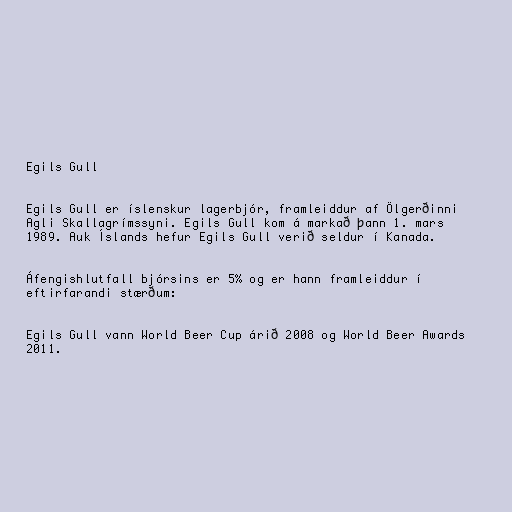
Egils Gull

Egils Gull er íslenskur lagerbjór, framleiddur af Ölgerðinni
Agli Skallagrímssyni. Egils Gull kom á markað þann 1. mars
1989. Auk Íslands hefur Egils Gull verið seldur í Kanada.

Áfengishlutfall bjórsins er 5% og er hann framleiddur í
eftirfarandi stærðum:

Egils Gull vann World Beer Cup árið 2008 og World Beer Awards
2011.